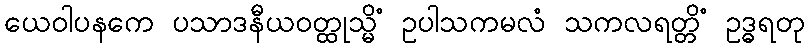
ယေဝါပနကေ ပသာဒနီယဝတ္ထုသ္မိံ ဥပါသကမလံ သကလရတ္တိံ ဥဒ္ဓရတု